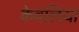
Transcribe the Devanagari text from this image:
केवलिया